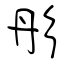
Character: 彤